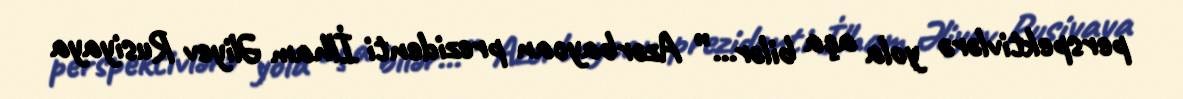
perspektivlərə yola aça bilər...” Azərbaycan prezidenti İlham Əliyev Rusiyaya